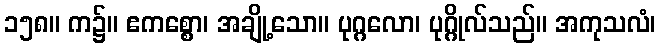
၁၅၈။ က၌။ ဧကစ္စော၊ အချို့သော။ ပုဂ္ဂလော၊ ပုဂ္ဂိုလ်သည်။ အကုသလံ၊